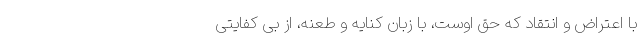
با اعتراض و انتقاد که حق اوست، با زبان کنایه و طعنه، از بی کفایتی